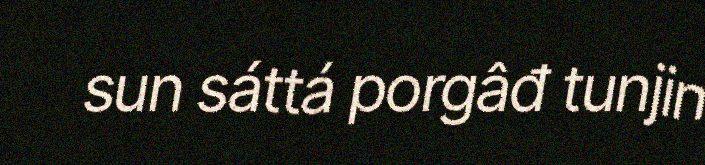
sun sáttá porgâđ tunjin